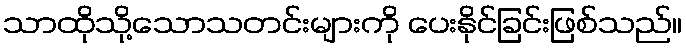
သာထိုသို့သောသတင်းများကို ပေးနိုင်ခြင်းဖြစ်သည်။